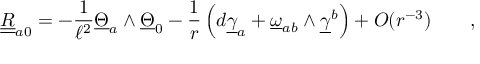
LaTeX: \underline { { { \underline { { R } } } } } _ { a 0 } = - \frac 1 { \ell ^ { 2 } } \underline { { { \Theta } } } _ { a } \wedge \underline { { { \Theta } } } _ { 0 } - { \frac { 1 } { r } } \left( d \underline { { { \gamma } } } _ { a } + \underline { { { \omega } } } _ { a b } \wedge \underline { { { \gamma } } } ^ { b } \right) + O ( r ^ { - 3 } ) \qquad ,